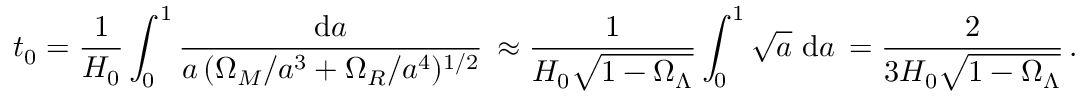
t _ { 0 } = \frac { 1 } { H _ { 0 } } \int _ { 0 } ^ { 1 } \frac { \mathrm { d } a } { a \, ( \Omega _ { M } / a ^ { 3 } + \Omega _ { R } / a ^ { 4 } ) ^ { 1 / 2 } } \, \approx \frac { 1 } { H _ { 0 } \sqrt { 1 - \Omega _ { \Lambda } } } \int _ { 0 } ^ { 1 } \sqrt { a } \, \, \mathrm { d } a \, = \frac { 2 } { 3 H _ { 0 } \sqrt { 1 - \Omega _ { \Lambda } } } \, .